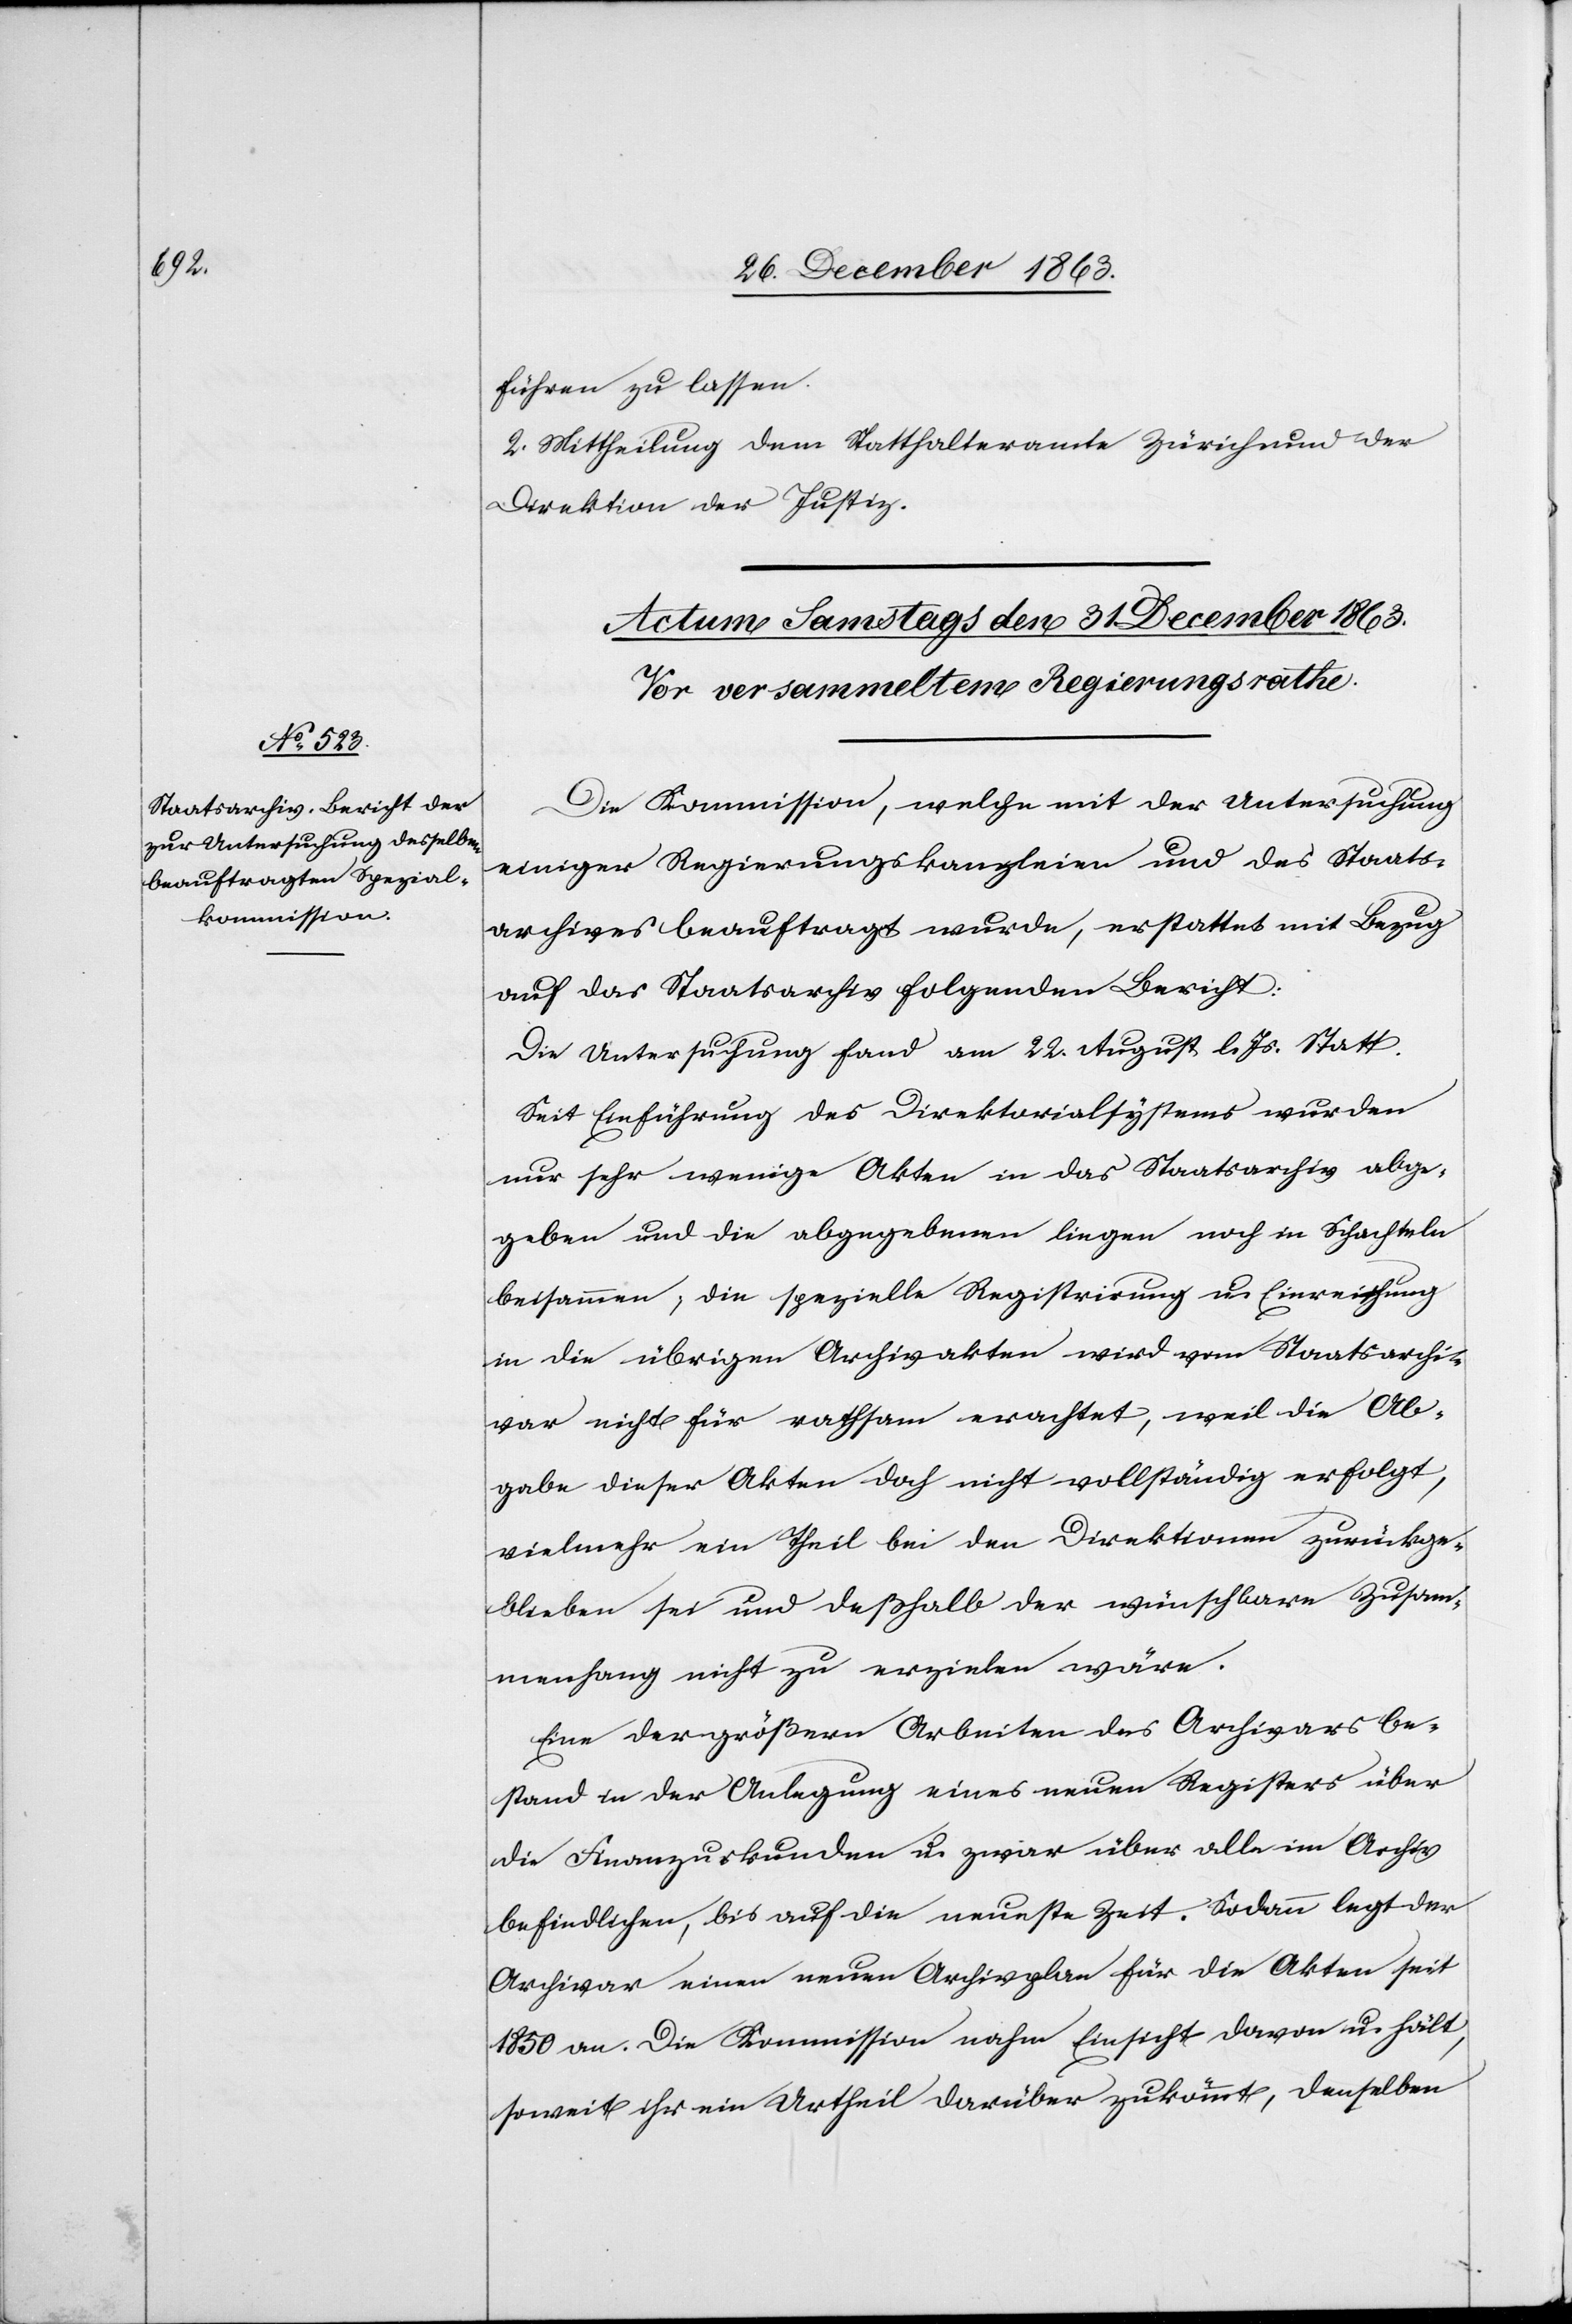
führen zu lassen.
2. Mittheilung dem Statthalteramt Zürich und der
Direktion der Justiz.
Die Kommission, welche mit der Untersuchung
einiger Regierungskanzleien und des Staats¬
archives beauftragt wurde, erstattet mit Bezug
auf das Staatsarchiv folgenden Bericht:
Die Untersuchung fand am 22. August l. Js. Statt.
Seit Einführung des Direktorialsystems wurden
nur sehr wenige Akten in das Staatsarchiv abge¬
geben und die abgegebenen liegen noch in Schachteln
beisammen; die spezielle Registrirung u. Einreihung
in die übrigen Archivakten wird vom Staatsarchi¬
var nicht für rathsam erachtet, weil die Ab¬
gabe dieser Akten doch nicht vollständig erfolgt,
vielmehr ein Theil bei den Direktionen zurückge¬
blieben sei und deßhalb der wünschbare Zusam¬
menhang nicht zu erzielen wäre.
Eine der größern Arbeiten des Archivars be¬
stand in der Anlegung eines neuen Registers über
die Finanzurkunden u. zwar über alle im Archiv
befindlichen, bis auf die neueste Zeit. Sodann legt der
Archivar einen neuen Archivplan für die Akten seit
1850 an. Die Kommission nahm Einsicht davon u. hält,
soweit ihr ein Urtheil darüber zukömmt, denselben